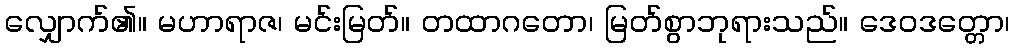
လျှောက်၏။ မဟာရာဇ၊ မင်းမြတ်။ တထာဂတော၊ မြတ်စွာဘုရားသည်။ ဒေဝဒတ္တော၊